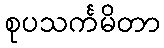
စုပသင်္ကမိတာ